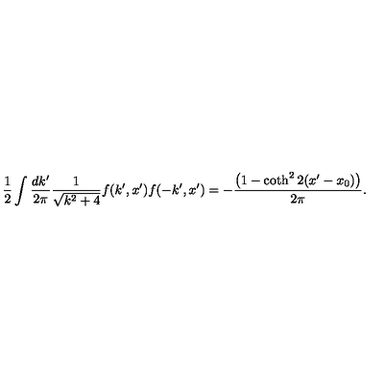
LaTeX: \frac { 1 } { 2 } \int \frac { d k ^ { \prime } } { 2 \pi } \frac { 1 } { \sqrt { k ^ { 2 } + 4 } } f ( k ^ { \prime } , x ^ { \prime } ) f ( - k ^ { \prime } , x ^ { \prime } ) = - \frac { \left( 1 - \coth ^ { 2 } 2 ( x ^ { \prime } - x _ { 0 } ) \right) } { 2 \pi } .